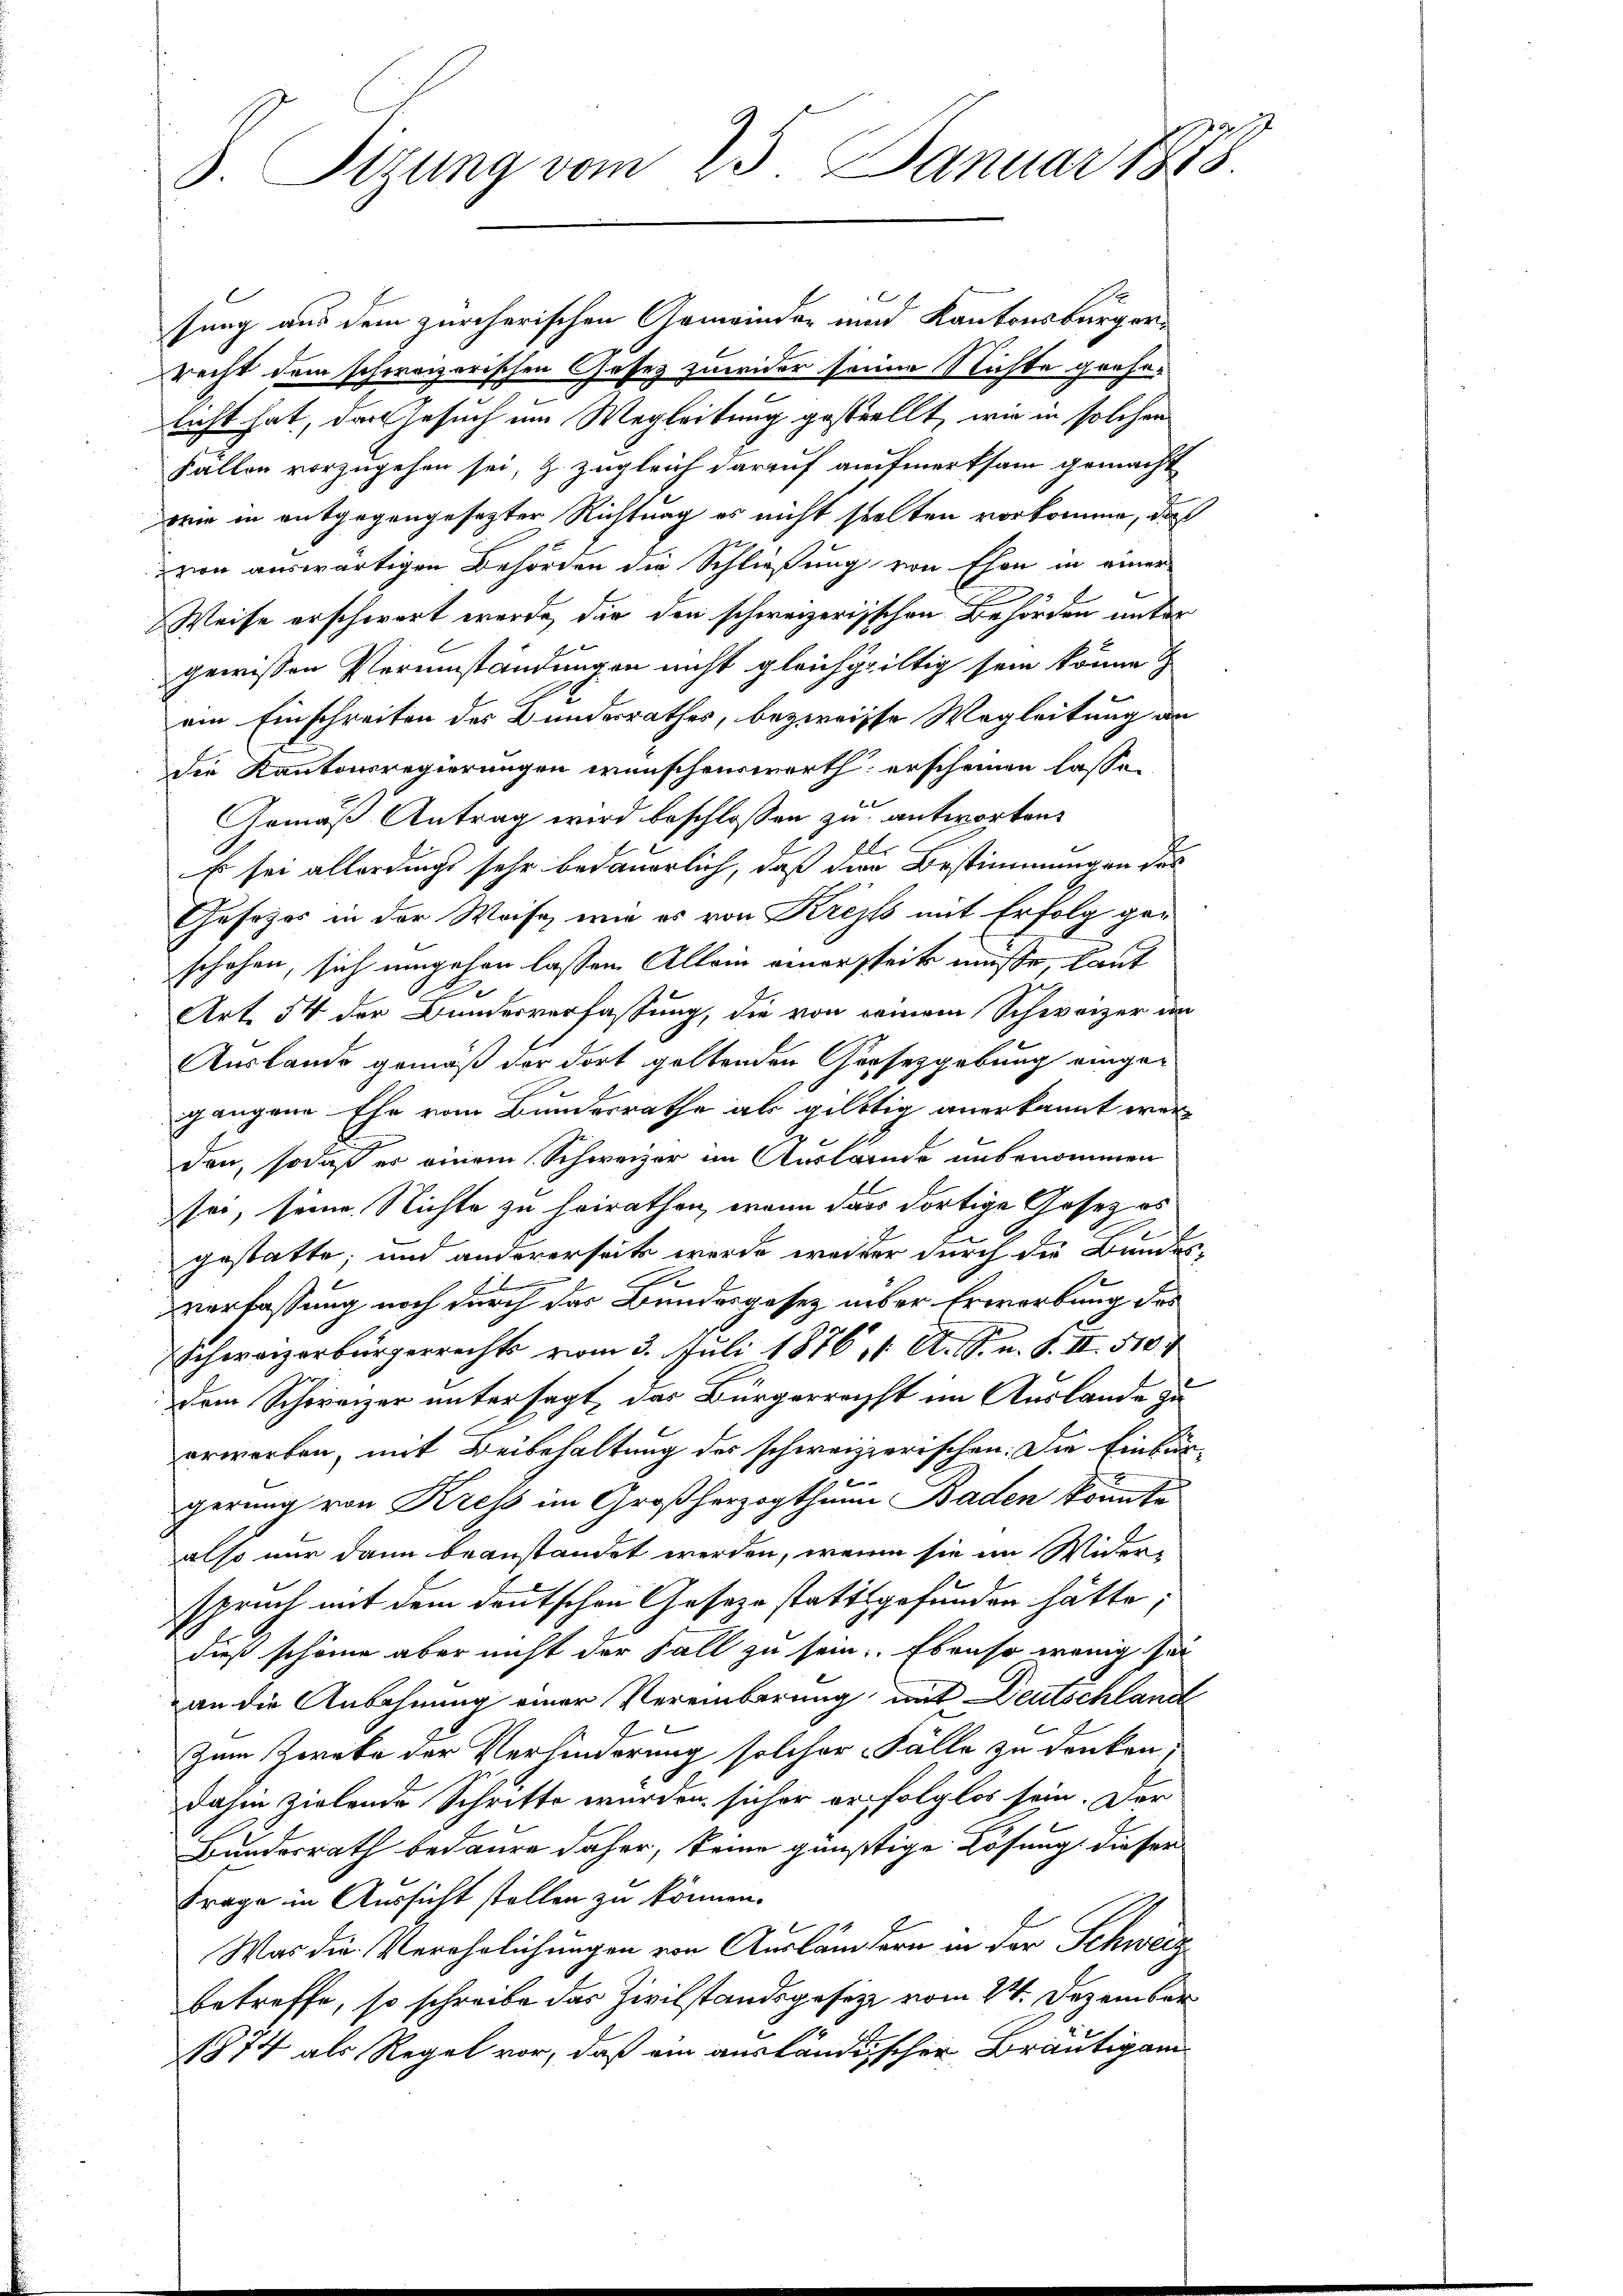
3. Sitzung vom 23. Januar 1878.

x
sung aus dem zürcherischen Gemeinder und Kantonsbürgerrecht dem schweizerischen Gesetz zuwider seine Nichte grehe-
licht hat, den Gesuch um Wegleitung gestellt, wie in solchen
Fällen vorzugehen sei, & zugleich darauf aufmerksam gemacht
wie in entgegengesezter Richtung es nicht stelten vorkomme, das
von auswärtigen Behörden die Schließung von Ehen in einer
Weise erschwert wurde, die den schweizerischen Behörden unter
gewissen Verumständungen nicht gleichgiltig sein könne
ein Einschreiten des Bundesrathes, bezweisse Wegleitung an
die Kantonsregierungen wünschenswerth erscheinen lasse.
Gemäß Antrag wird beschlossen zu antworten.
E sei allerdings sehr bedauerlich, daß die Bestimmungen des
Gesetzes in der Weise, wie es von Krepfs mit Erfolg geschehen, sich umgehen lassen. Allein einerseit müsse, laut
.
Art. 54 der Bunderverfassung, die von seinem Schweizer im
Auslande gemäß der dort geltenden Gesetzgebung eingegangene Ehe vom Bundesrathe als giltig anerkannt werden, sodaß er einem Schweizer im Auslände unbenommen
sei, seine Nichte zu heirathen, wenn dass dortige Gesez es
gestatte, und andererseits wurde weiter durch die Bundes-
verfassung noch durch der Bundesgesez aber Erwerbung des
Schweizerbürgerrechts vom 3. Juli 1876, 1. A. S. n. F. II 510
dem Schweizer untersagt, das Bürgerrecht im Auslande zu
erworben, mit Beibehaltung des schweizerischen. Die Einbür-
gerung von Kress im Großherzogthum Baden könnte
also nur dann beanstandet werden, wenn sie im Wider-
spruch mit dem deutschen Geseze stattgefunden hätte,
dieß schöne aber nicht der Fall zu sein. Ebenso wenig sei
an die Anbahnung einer Vereinbarung mit Deutschland
Zum Zweke der Verhinderung solcher Fälle zu denken;
dahin zielende Schritte wurden sicher erfolglos sein. Der
Bundesrath bedaure daher, keine günstige Lösung dieser
Frage in Aussicht stellen zu können.
Was die Verehrlichungen von Ausländern in der Schweiz
betreffe, so schreibe das Zivilstandsgesetze vom 24. Dezember
1874 als Regel vor, daß ein ausländischer Bräutigam